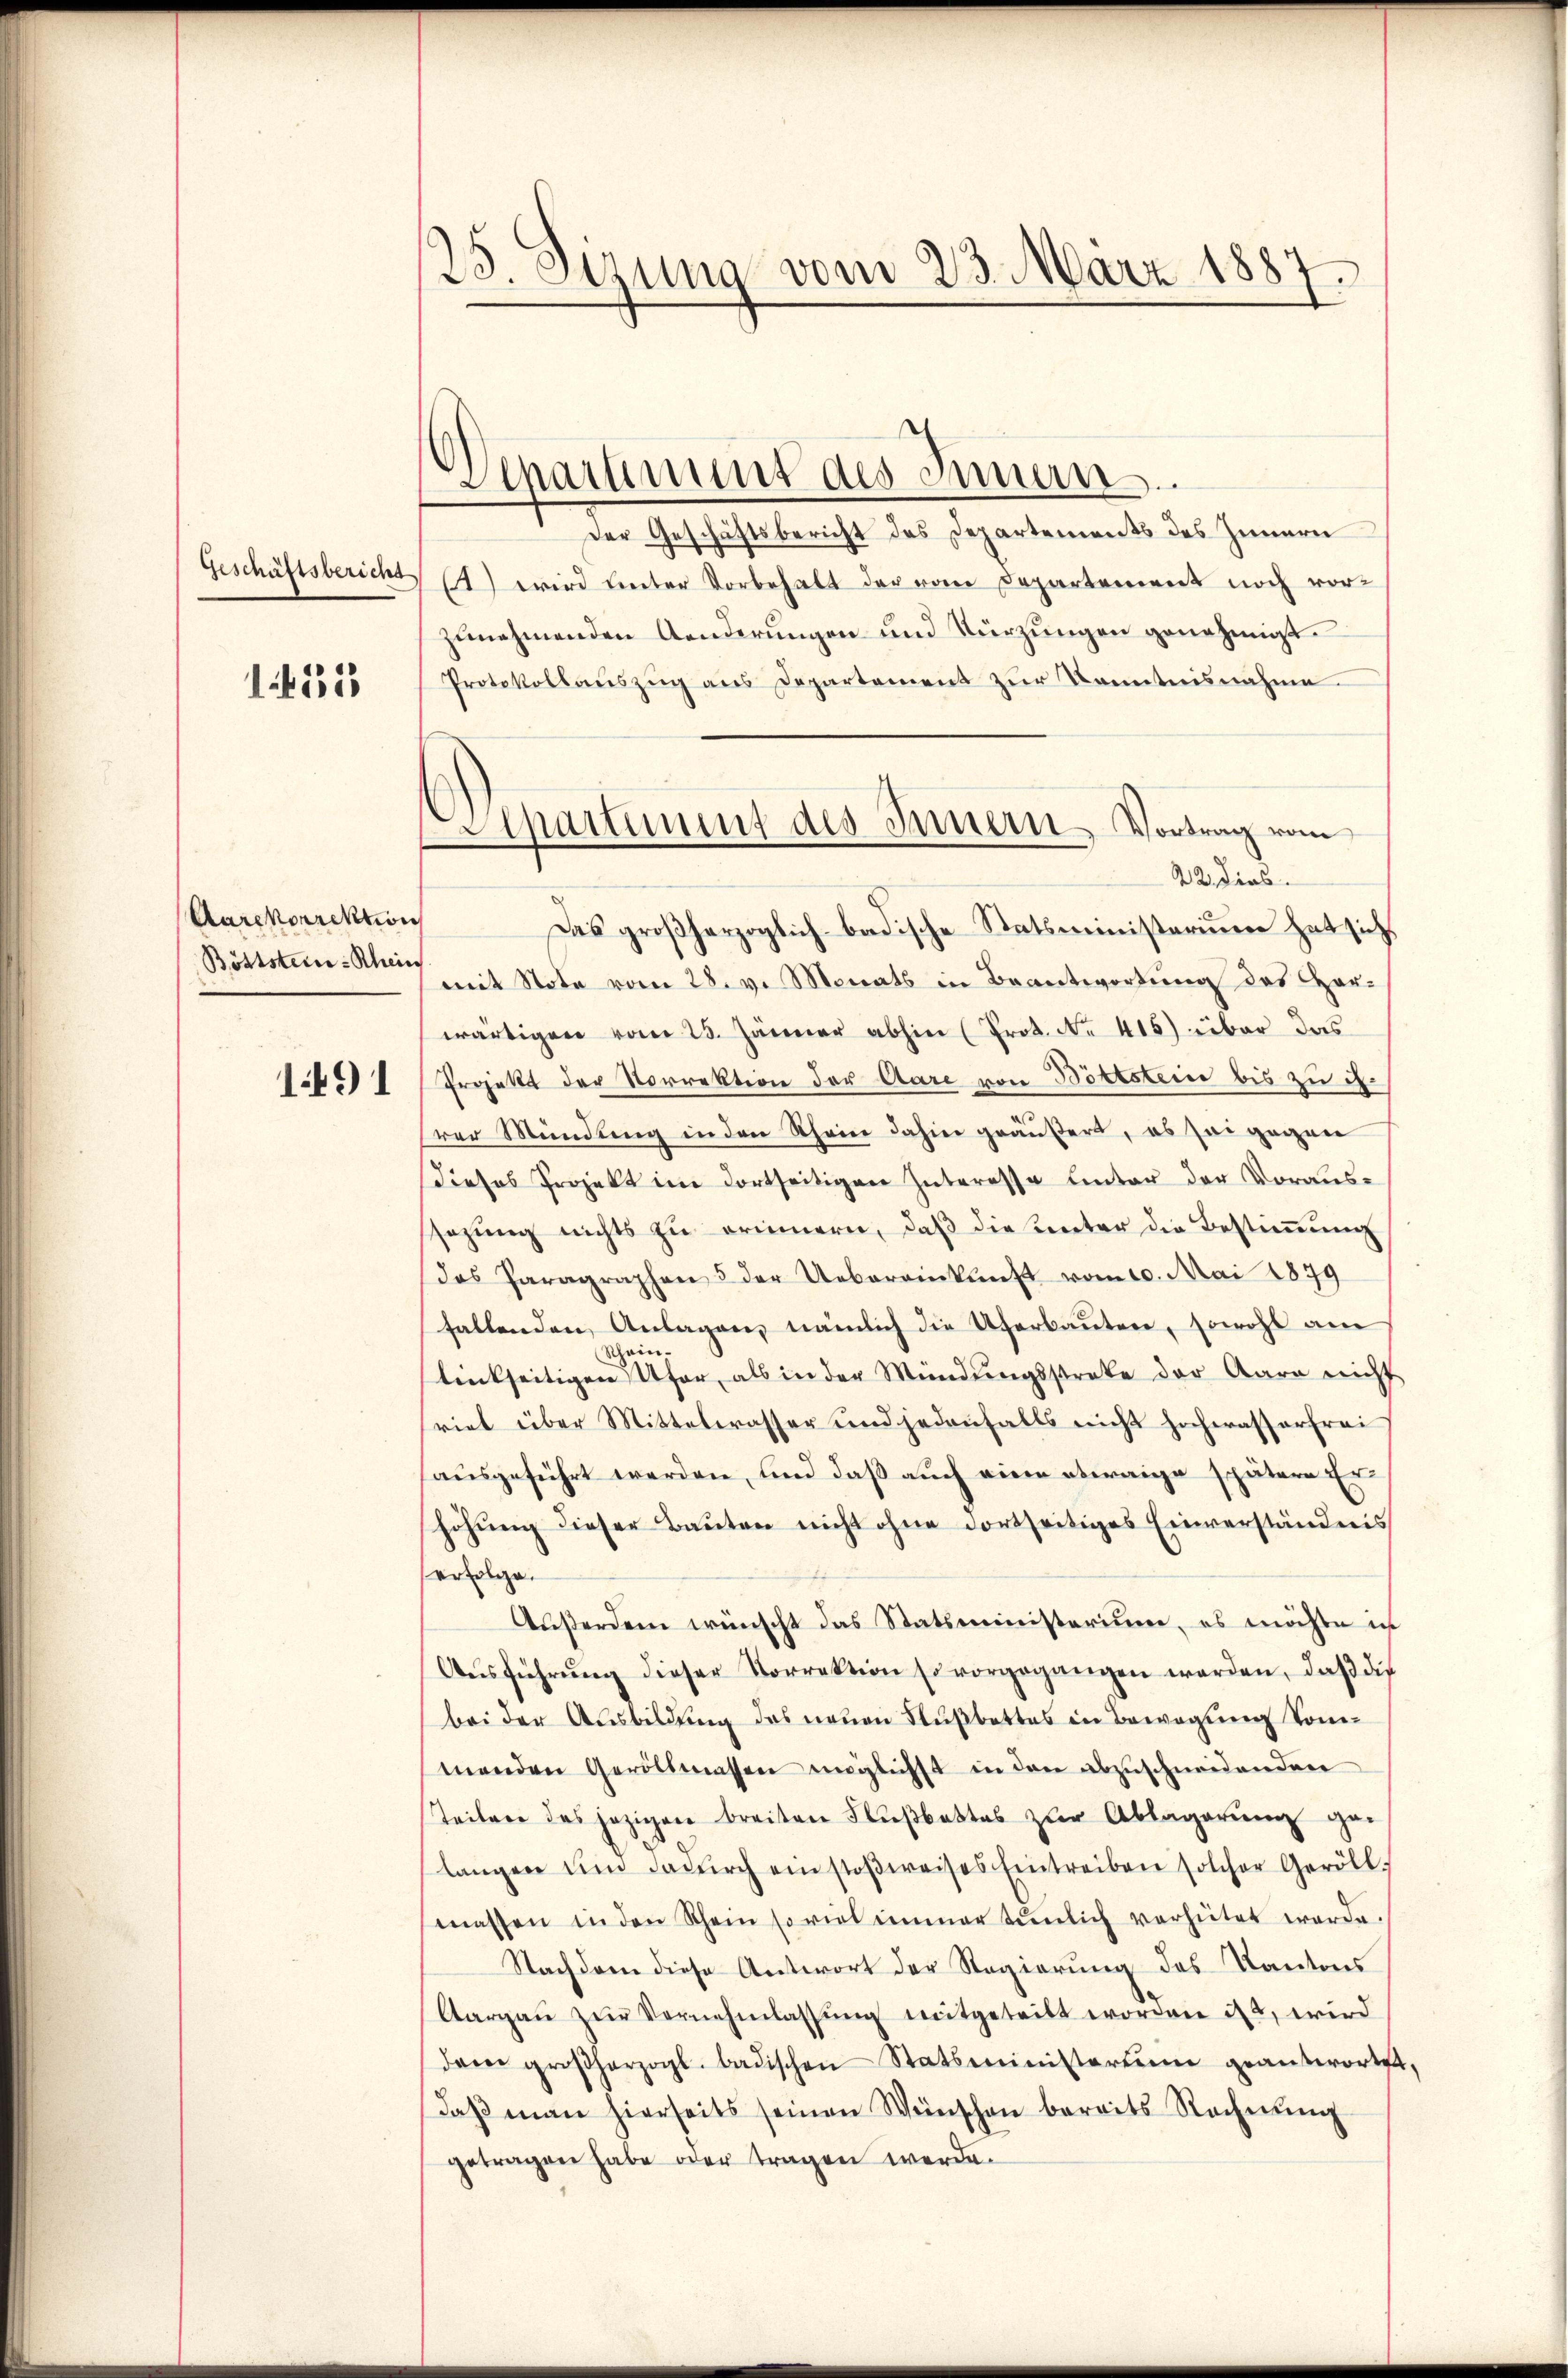
Geschäftsbericht

1451

Aarekorrektion
Böttstein Rhein

1491

25. Sizung vom 23. März 1887.

Apartiment des Innern Vortrag vom

Denartiment des Innen.
Der Geschäftsbericht des Departements des Innern
) wird unter Vorbehalt der vom Departement noch vorzŭnehmenden Aenderungen und Kürzungen genehmigt.
Protokollauszug aus Departement zur Kenntnisnahme.
22. dies
Das großherzoglich badische Statsministerium hat sich
mit Note vom 28. v. Monats in Beantwortung des Horwärtigen vom 25. Jänner abhin (Prot. No 416) über das
Projekt der Vorrektion der Aare von Böttstein bis zu 4.
d
rer Mündung in den Rhein dahin geäußert, es sei gegen
dieses Projekt im dortseitigen Interesse unter der Voraus-
ssezung nichts zu erinnern, daß die unter die Bestimmung
das Paragraphen & der Ueberamkŭnft vom 10. Mai 1879
fallenden Anlagen, nämlich die Uferbauten, sowohl am
Scheinteickseitigen Ufer, als in der Mündungsstrate der Aare nicht
riet über Mittelwasser und jedenfalls nicht hochwasserfrei
ausgeführt werden, und daß auch eine etwaige spätere Er
höhung dieser Bauten nicht ohne dortseitiges Einverständnis
erfolge.
Außerdem wünscht das Statsministerium, es möchte in
Aŭsführŭng dieser Vorrektion so vorgegangen werden, daβ die
bei der Ausbildung des neuen Flußbettes in Bewegung kommenden Geröltmassen möglichst in den abzuschneidenden
Teilere des jezigen breiten Flŭβbattes zŭr Ablagerŭng ge-
langen ŭm dadŭrch einstoβweises Eintreiben solcher Geröll
massen in den Schein so viel immer tŭnlich verhütet werde.
Nachdem diese Antwort der Regierung des Kantons
Aargaŭ zŭr Vernehmlassŭng mitgeteilt worden ist, wird
dem großherzogl. badischen Statsministertum geantwortet,
daβ man hierseits seinen Wünschen bereits Rechnŭng
getragen habe oder tragen werde.